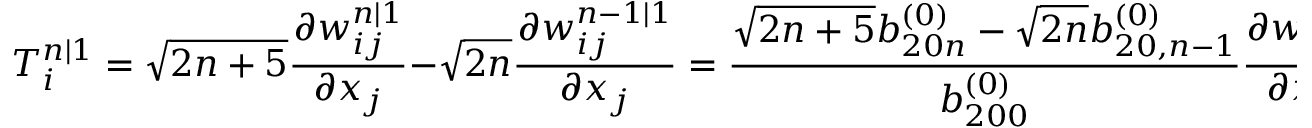
T _ { i } ^ { n | 1 } = \sqrt { 2 n + 5 } \frac { \partial w _ { i j } ^ { n | 1 } } { \partial x _ { j } } - \sqrt { 2 n } \frac { \partial w _ { i j } ^ { n - 1 | 1 } } { \partial x _ { j } } = \frac { \sqrt { 2 n + 5 } b _ { 2 0 n } ^ { ( 0 ) } - \sqrt { 2 n } b _ { 2 0 , n - 1 } ^ { ( 0 ) } } { b _ { 2 0 0 } ^ { ( 0 ) } } \frac { \partial w _ { i j } ^ { 0 | 1 } } { \partial x _ { j } }